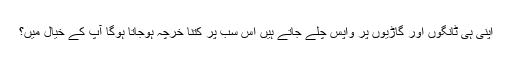
اپنی ہی ٹانگوں اور گاڑیوں پر واپس چلے جاتے ہیں اس سب پر کتنا خرچہ ہوجاتا ہوگا آپ کے خیال میں؟